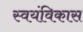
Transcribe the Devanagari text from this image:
स्वयंविकास